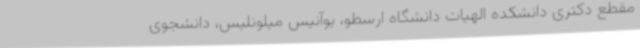
مقطع دکتری دانشکده الهیات دانشگاه ارسطو، یوآنیس میلونلیس، دانشجوی